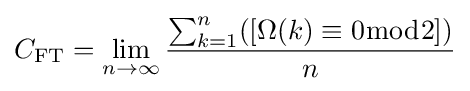
C_{\text{FT}}=\lim _{n\to \infty }{\frac {\sum _{k=1}^{n}([\Omega (k)\equiv 0{\bmod {2}}])}{n}}